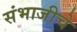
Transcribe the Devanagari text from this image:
संभाजीचे